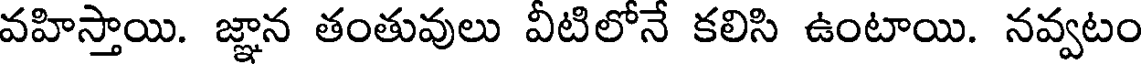
వహిస్తాయి. జ్ఞాన తంతువులు వీటిలోనే కలిసి ఉంటాయి. నవ్వటం